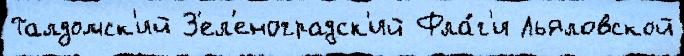
Талдомск'ий З'ел'еноградск'ий Фла́г'и Льяловской